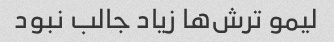
لیمو ترش‌ها زیاد جالب نبود